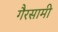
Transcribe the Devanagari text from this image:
गैरसामी